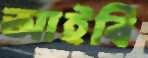
আইবি